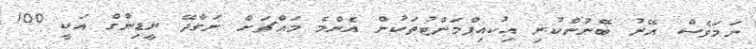
ނަމަވެސް އޭރު ބޭނުންކުރި އިކުއިޕްމަންޓުތަކުން އެންމެ މައްޗަށް ނަގާދޭ ރީޑިންގް އަކީ 100